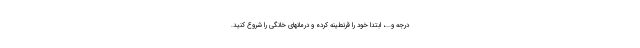
درجه و...، ابتدا خود را قرنطینه کرده و درمانهای خانگی را شروع کنید.